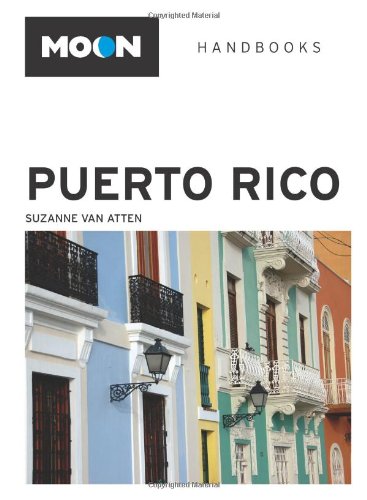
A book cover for Moon Puerto Rico (Moon Handbooks); Suzanne Van Atten; Travel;